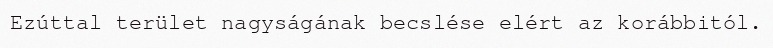
Ezúttal terület nagyságának becslése elért az korábbitól.